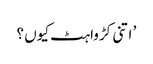
’ اتنی کڑواہٹ کیوں ؟